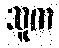
သူက